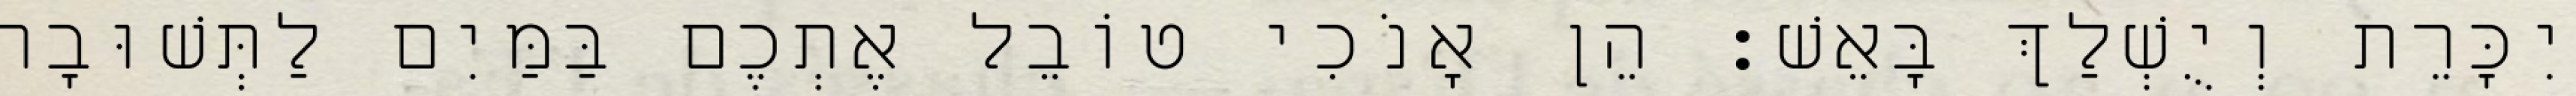
יִכָּרֵת וְיֻשְׁלַךְ בָּאֵשׁ׃ הֵן אָנֹכִי טוֹבֵל אֶתְכֶם בַּמַּיִם לַתְּשׁוּבָה